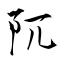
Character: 阢